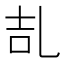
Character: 㐖